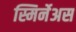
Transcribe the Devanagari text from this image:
स्मिर्नेअस